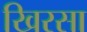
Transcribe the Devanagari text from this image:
खिरसा